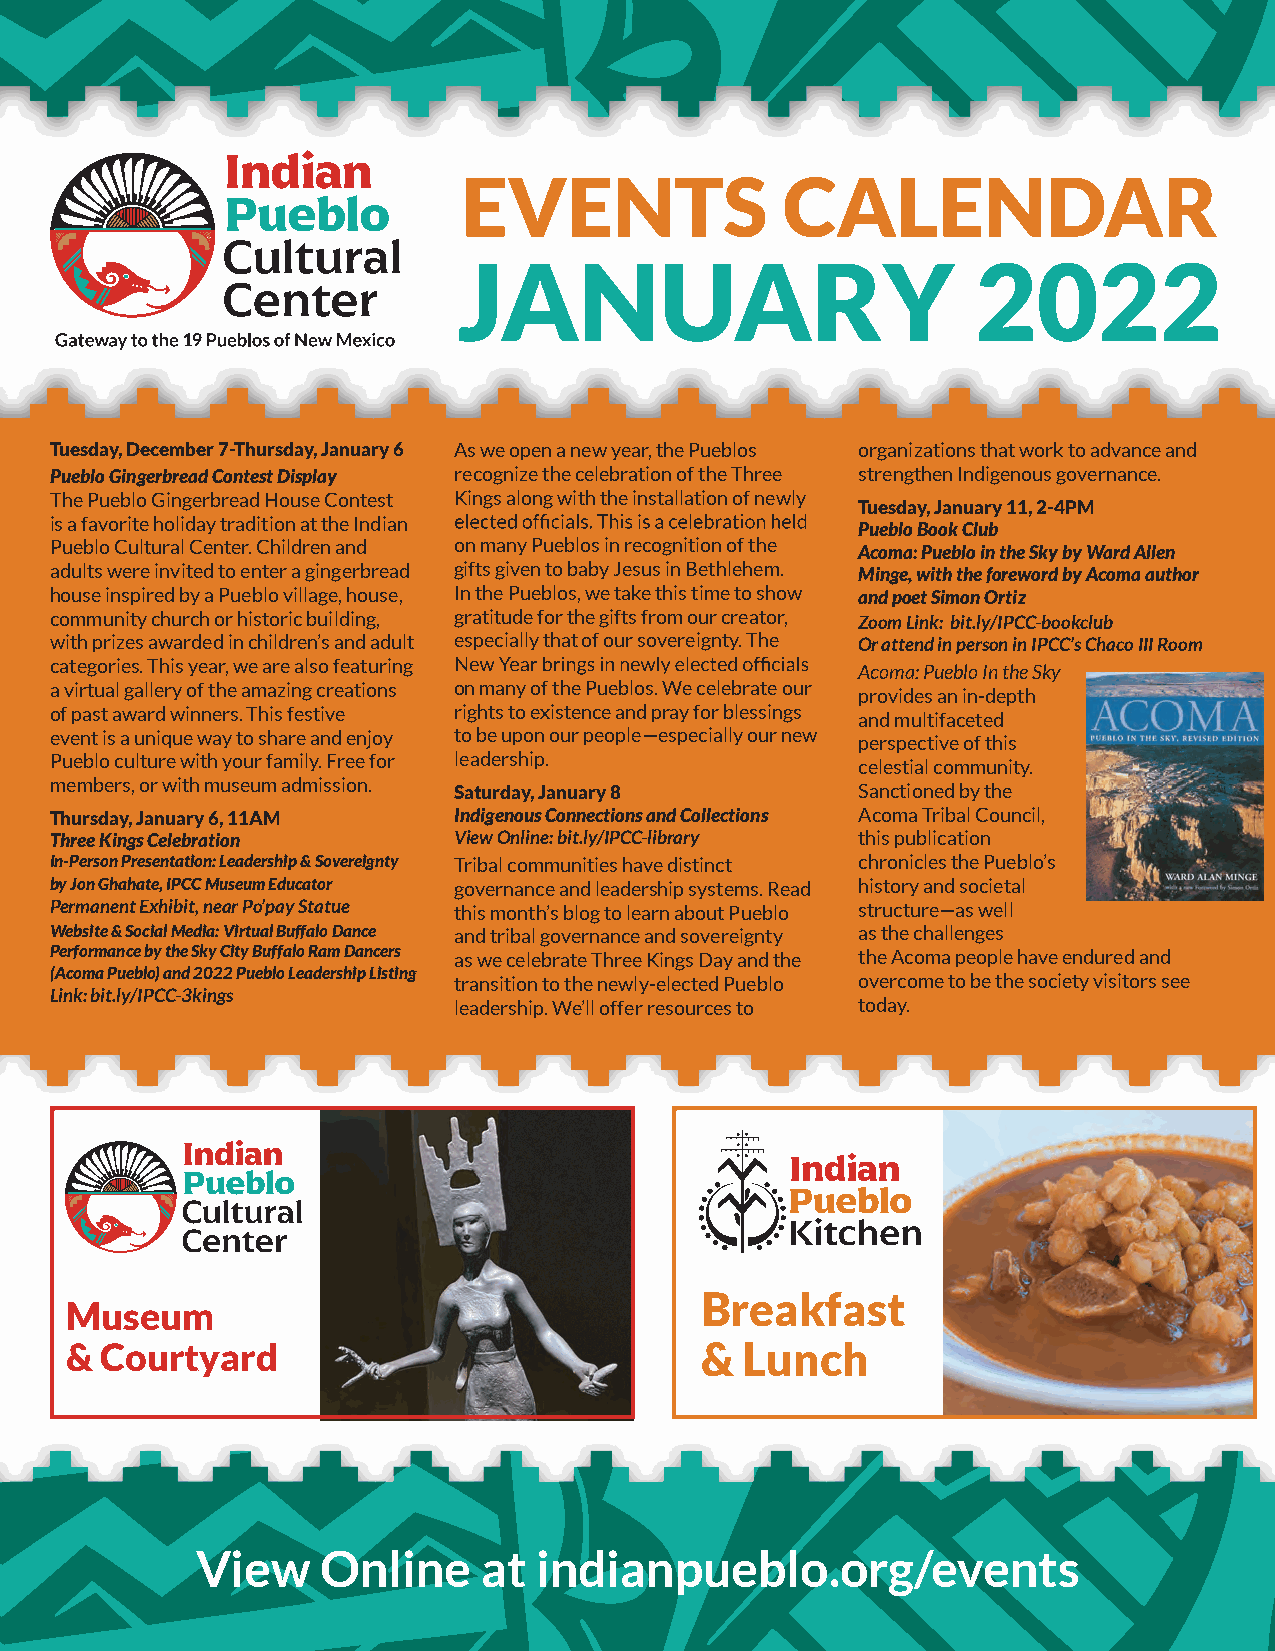
EVENTS               CALENDAR
 JANUARY                            2022
 Tuesday, December 7-Thursday, January 6 As we open a new year, the Pueblos organizations that work to advance and
 Pueblo Gingerbread Contest Display recognize the celebration of the Three strengthen Indigenous governance.
 The Pueblo Gingerbread House Contest Kings along with the installation of newly
 Tuesday, January 11, 2-4PM
 is a favorite holiday tradition at the Indian
 Pueblo Book Club
 Pueblo Cultural Center. Children and on many Pueblos in recognition of the
 Acoma: Pueblo in the Sky by Ward Allen
 adults were invited to enter a gingerbread gifts given to baby Jesus in Bethlehem. Minge, with the foreword by Acoma author
 house inspired by a Pueblo village, house, In the Pueblos, we take this time to show and poet Simon Ortiz
 community church or historic building, gratitude for the gifts from our creator, Zoom Link: bit.ly/IPCC-bookclub
 with prizes awarded in children’s and adult especially that of our sovereignty. The Or attend in person in IPCC’s Chaco III Room
 categories. This year, we are also featuring
 Acoma: Pueblo In the Sky
 a virtual gallery of the amazing creations on many of the Pueblos. We celebrate our provides an in-depth
 of past award winners. This festive rights to existence and pray for blessings and multifaceted
 event is a unique way to share and enjoy to be upon our people—especially our new perspective of this
 Pueblo culture with your family. Free for leadership. celestial community.
 members, or with museum admission. Saturday, January 8 Sanctioned by the
 Thursday, January 6, 11AM  Indigenous Connections and Collections Acoma Tribal Council,
 Three Kings Celebration    View Online: bit.ly/IPCC-library this publication
 In-Person Presentation: Leadership & Sovereignty Tribal communities have distinct chronicles the Pueblo’s
 by Jon Ghahate, IPCC Museum Educator governance and leadership systems. Read history and societal
 Permanent Exhibit, near Po’pay Statue this month’s blog to learn about Pueblo structure—as well
 Website & Social Media: Virtual Buffalo Dance and tribal governance and sovereignty as the challenges
 Performance by the Sky City Buffalo Ram Dancers as we celebrate Three Kings Day and the the Acoma people have endured and
 (Acoma Pueblo) and 2022 Pueblo Leadership Listing transition to the newly-elected Pueblo overcome to be the society visitors see
 Link: bit.ly/IPCC-3kings
 leadership. We’ll offer resources to today.
 Breakfast
 Museum
 &  Courtyard                              &  Lunch
 View    Online     at indianpueblo.org/events